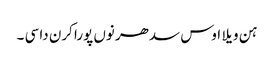
ہن ویلا اوس سدھر نوں پورا کرن دا سی ۔